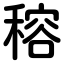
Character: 穃